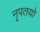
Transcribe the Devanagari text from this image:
नृपतयो